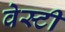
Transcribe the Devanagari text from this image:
वेस्टी